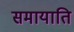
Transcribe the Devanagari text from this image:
समायाति